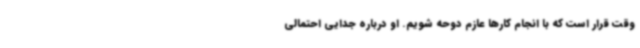
وقت قرار است که با انجام کارها عازم دوحه شویم. او درباره جدایی احتمالی